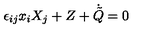
\epsilon _ { i j } x _ { i } X _ { j } + Z + \dot { \tilde { Q } } = 0